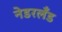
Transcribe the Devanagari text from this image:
नेडरलँड